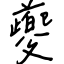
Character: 夔